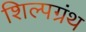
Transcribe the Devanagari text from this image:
शिल्पग्रंथ